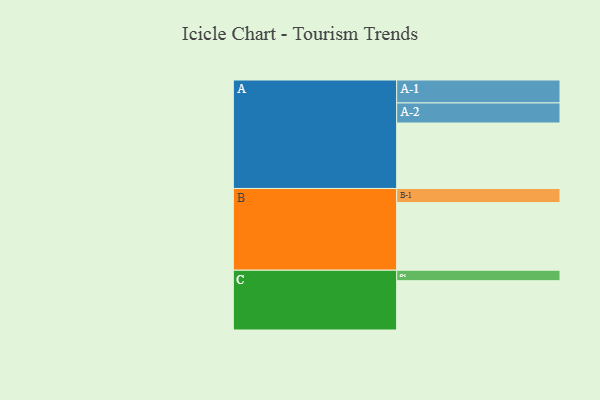
{"axis": {"x": "Segment", "y": "Value"}, "legend": ["", "A", "B", "C"], "data": [{"x": "A", "y": 551, "type": ""}, {"x": "B", "y": 569, "type": ""}, {"x": "C", "y": 415, "type": ""}, {"x": "A-1", "y": 193, "type": "A"}, {"x": "A-2", "y": 169, "type": "A"}, {"x": "B-1", "y": 119, "type": "B"}, {"x": "C-1", "y": 88, "type": "C"}]}